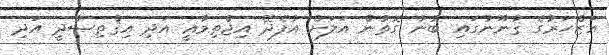
އަޒްހަރުގެ ޤާނޫނުގައި ބުނާ ގޮތުން އަލަށް އުފެދޭ އިޖްތިމާޢީ އަދި އިޤްތިޞާދީ އަދި